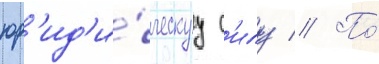
юр'ид'и́ческуу с'илу // По́